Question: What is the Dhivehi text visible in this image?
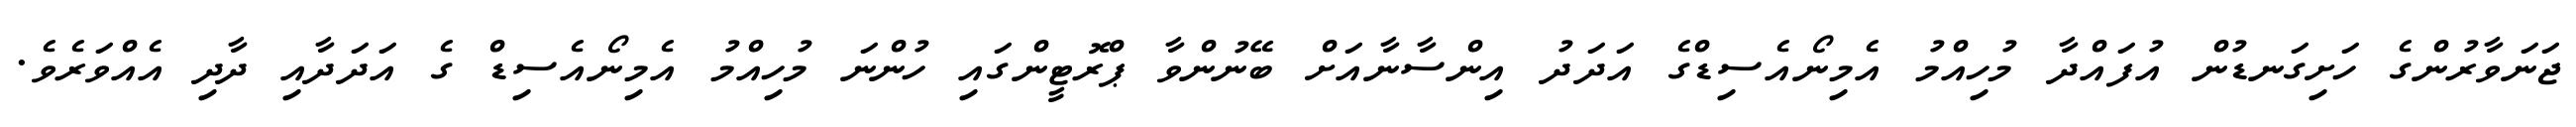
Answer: ޖަނަވާރުންގެ ހަށިގަނޑުން އުފައްދާ މުހިއްމު އެމިނޯއެސިޑްގެ އަދަދު އިންސާނާއަށް ބޭނުންވާ ޕްރޮޓީންގައި ހުންނަ މުހިއްމު އެމިނޯއެސިޑް ގެ އަދަދާއި ދާދި އެއްވަރެވެ.